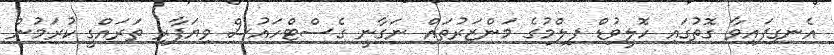
އެނގިފައިވާ ގޮތުގައި ހޮލީވުޑް ފިލްމުގެ މަންޒަރުތައް ނަގާނީ ގެސްޓްހައުސް ވިޔަފާރި ތަރައްގީ ކުރަމުން